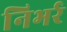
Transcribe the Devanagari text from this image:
निभर्र